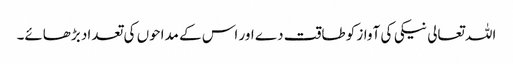
اللہ تعالی نیکی کی آواز کو طاقت دے اور اس کے مداحوں کی تعداد بڑھائے۔